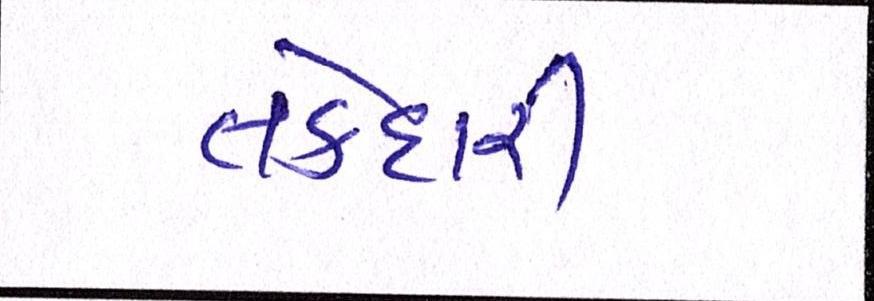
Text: તકેદારી